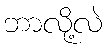
ဘာလို့လဲ